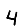
Digit: 4